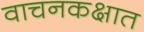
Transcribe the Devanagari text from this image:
वाचनकक्षात